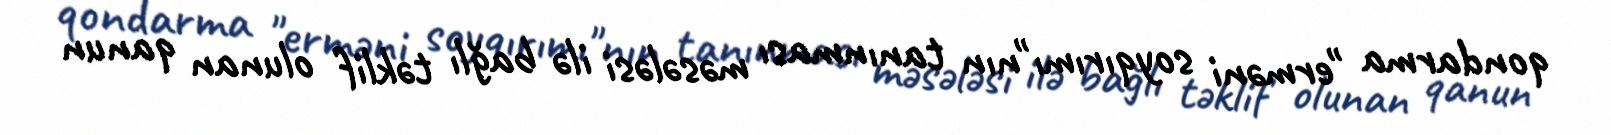
qondarma "erməni soyqırımı"nın tanınması məsələsi ilə bağlı təklif olunan qanun